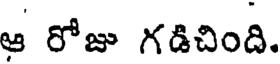
ఆ రోజు గడిచింది.